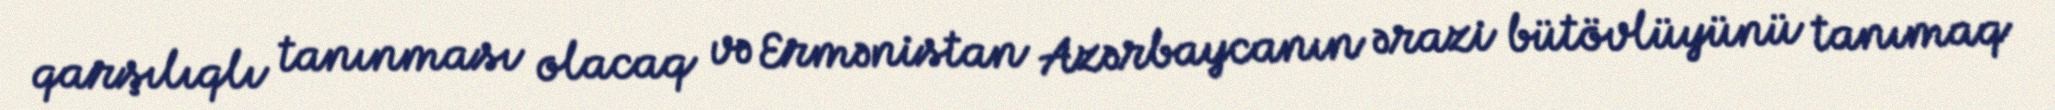
qarşılıqlı tanınması olacaq və Ermənistan Azərbaycanın ərazi bütövlüyünü tanımaq